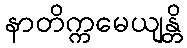
နာတိက္ကမေယျန္တိ